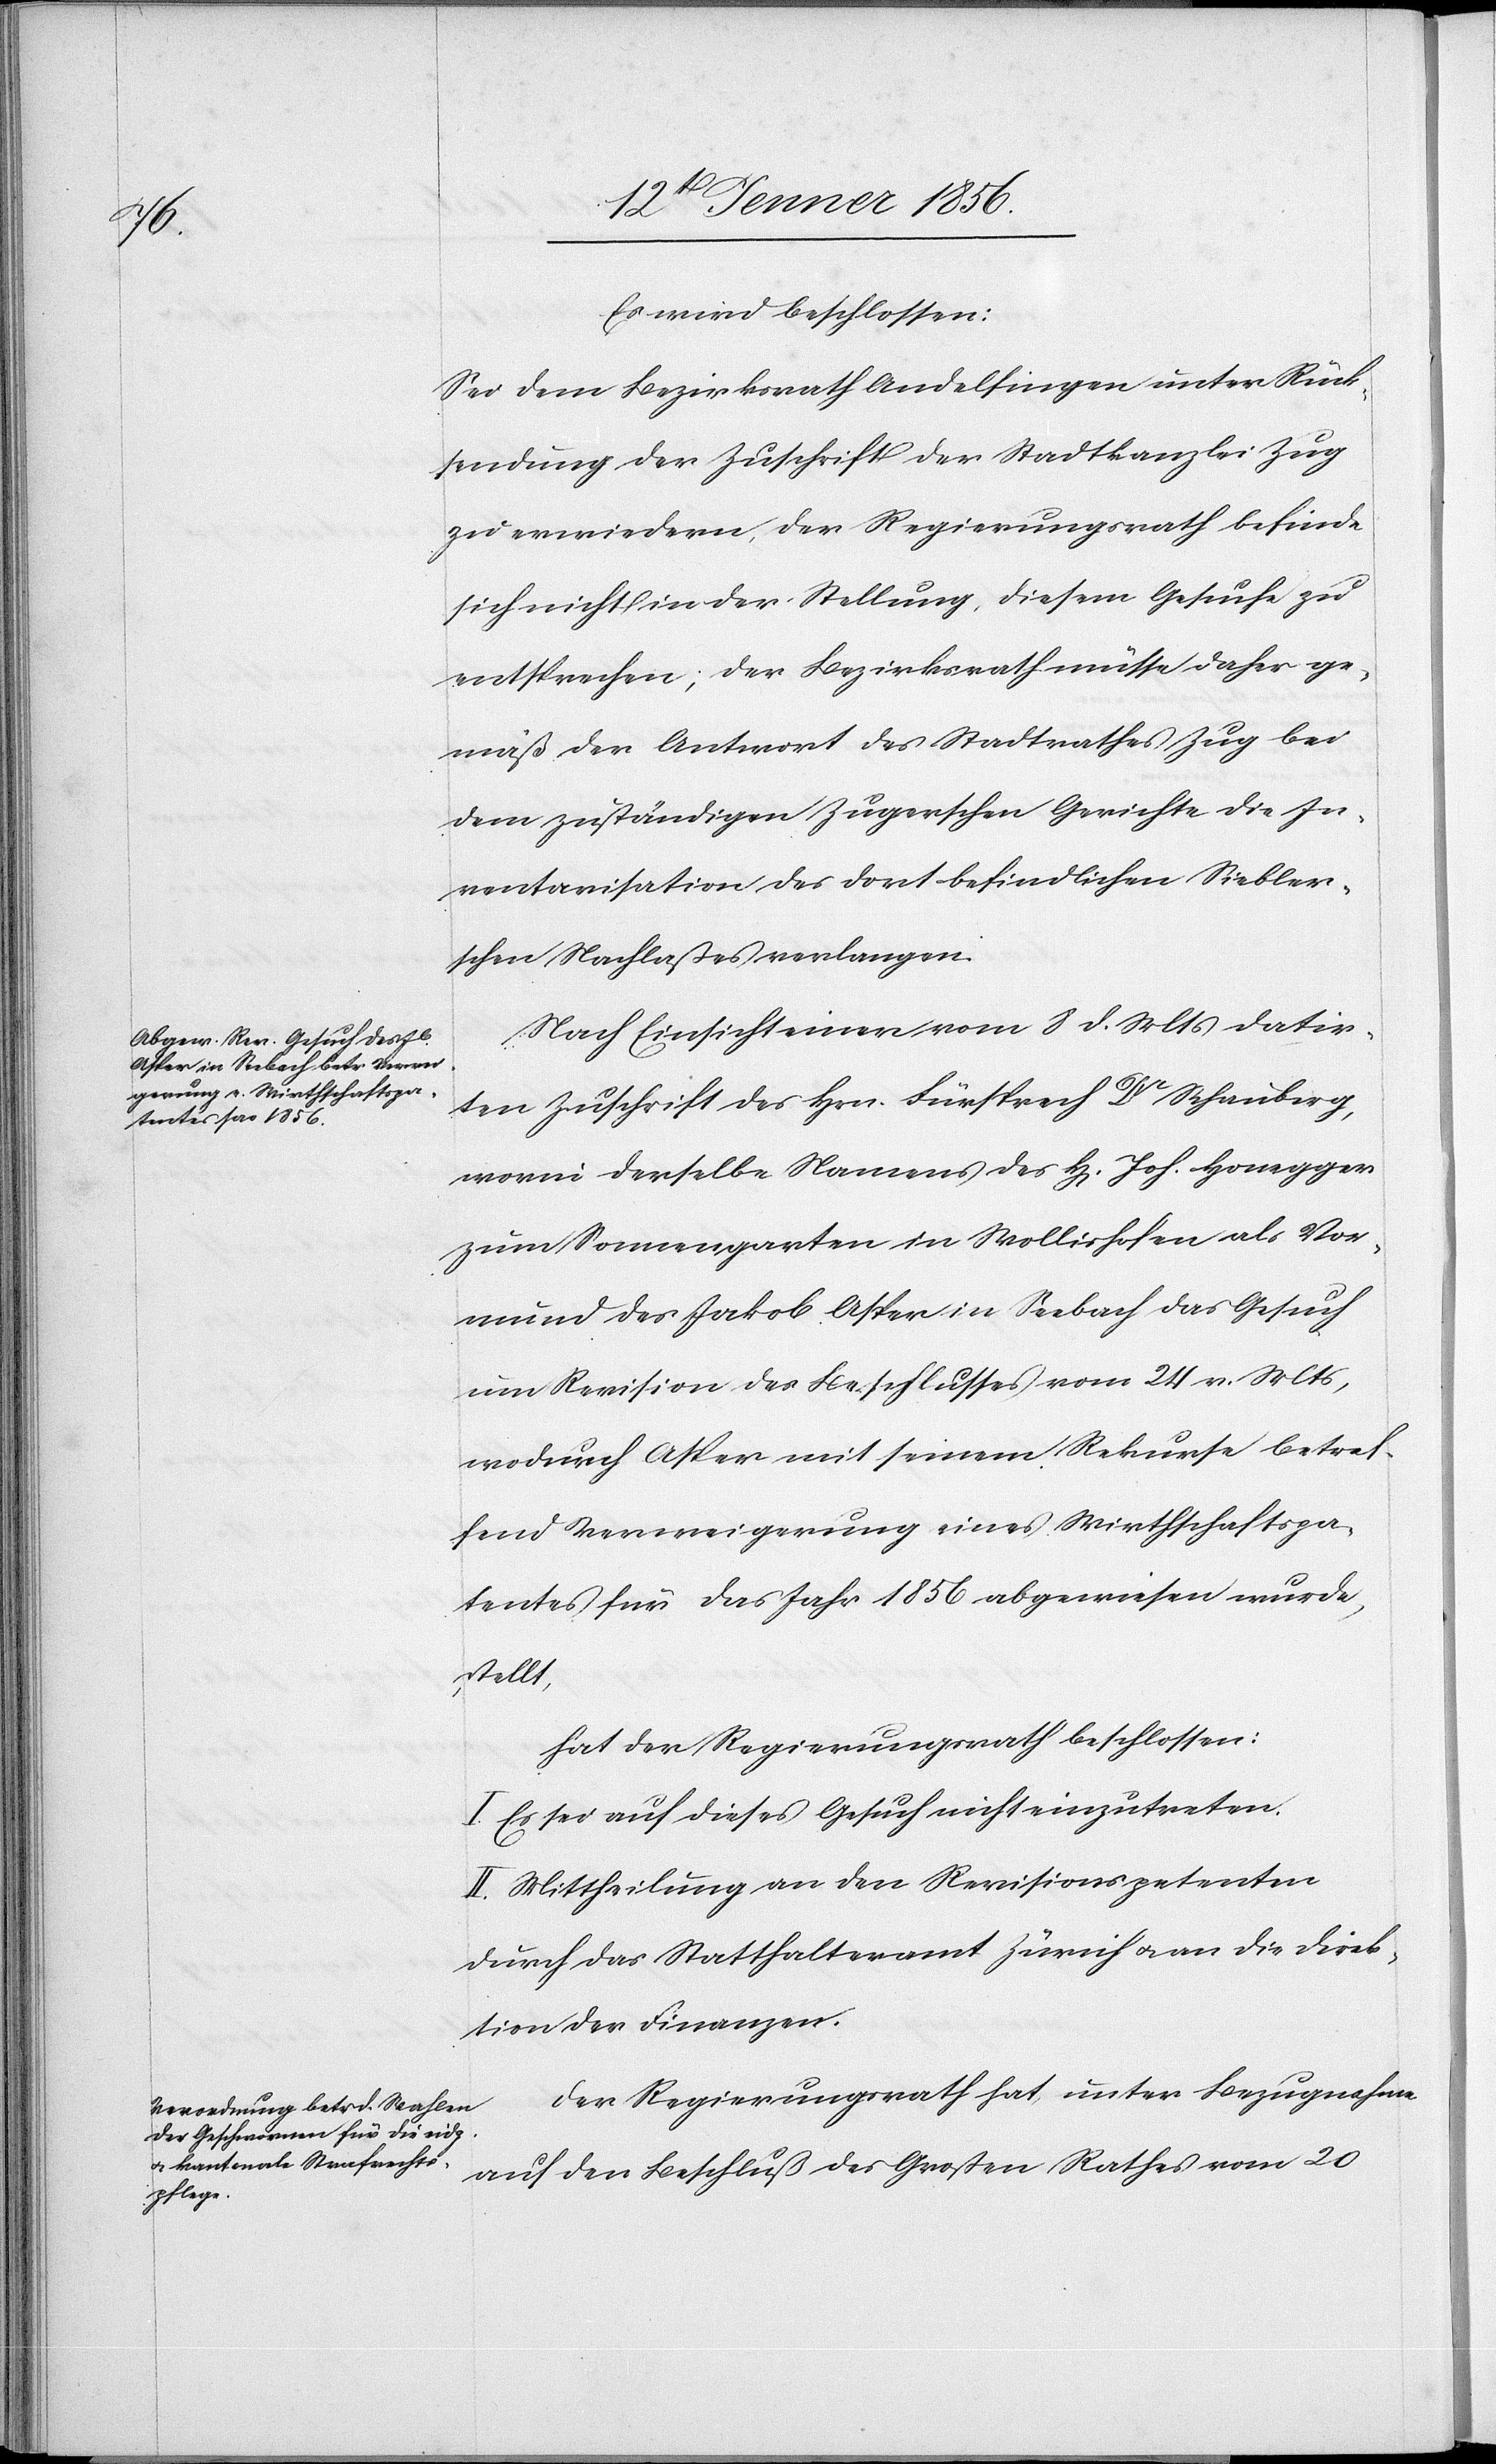
Es wird beschlossen:
Sei dem Bezirksrath Andelfingen unter Rück¬
sendung der Zuschrift der Stadtkanzlei Zug
zu erwiedern, der Regierungsrath befinde
sich nicht in der Stellung, diesem Gesuche zu
entsprechen; der Bezriksrath müsse daher ge¬
mäß der Antwort des Stadtrathes Zug bei
dem zuständigen Zugerschen Gerichte die In¬
ventarisation des dort befindlichen Siebler¬
schen Nachlaßes verlangen.
Nach Einsicht einer vom 8 d. Mts datir¬
ten Zuschrift des Hrn. Fürsprech Dr Schauberg,
worin derselbe Namens des H[errn] Joh. Honegger
zum Sonnengarten in Wollishofen als Vor¬
mund des Jakob Asper in Seebach das Gesuch
um Revision des Beschlusses vom 24 v. Mts,
wodurch Asper mit seinem Rekurse betref¬
fend Verweigerung eines Wirthschaftspa¬
tentes für das Jahr 1856 abgewiesen wurde,
stellt,
hat der Regierungsrath beschlossen:
I. Es sei auf dieses Gesuch nicht einzutreten.
II. Mittheilung an den Revisionspetenten
durch das Statthalteramt Zürich u. an die Direk¬
tion der Finanzen.
Der Regierungsrath hat unter Bezugnahme
auf den Beschluß des Großen Rathes vom 20